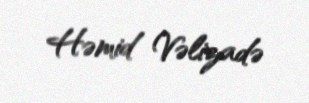
Həmid Vəlizadə